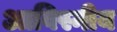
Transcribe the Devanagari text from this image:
आविस्नीय